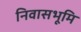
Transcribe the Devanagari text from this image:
निवासभूमि